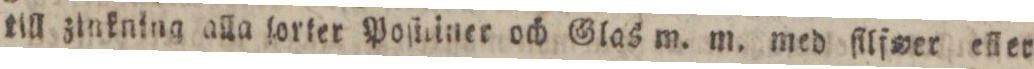
till zinkning alla forter Poſteiner och Glas m. m. med filfwer eller